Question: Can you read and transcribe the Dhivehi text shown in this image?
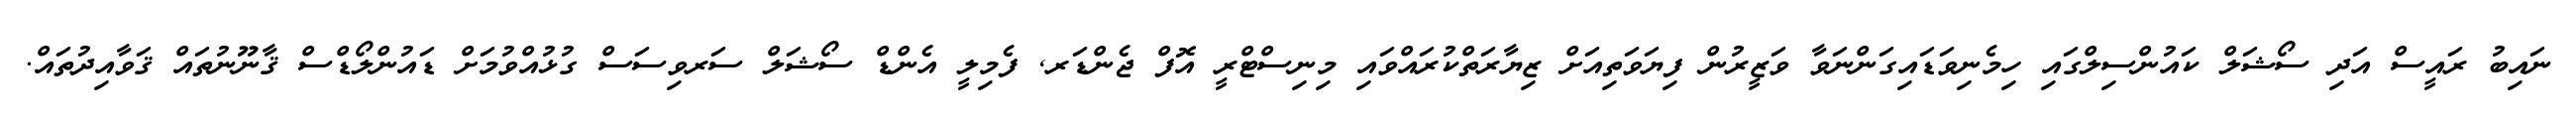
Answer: ނައިބު ރައީސް އަދި ސޯޝަލް ކައުންސިލްގައި ހިމެނިވަޑައިގަންނަވާ ވަޒީރުން ފިޔަވަތިއަށް ޒިޔާރަތްކުރައްވައި މިނިސްޓްރީ އޮފް ޖެންޑަރ, ފެމިލީ އެންޑް ސޯޝަލް ސަރވިސަސް ގުޅުއްވުމަށް ޑައުންލޯޑްސް ޤާނޫނުތައް ޤަވާއިދުތައް.